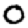
Digit: 0